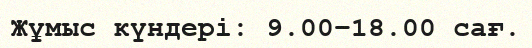
Жұмыс күндері: 9.00–18.00 сағ.